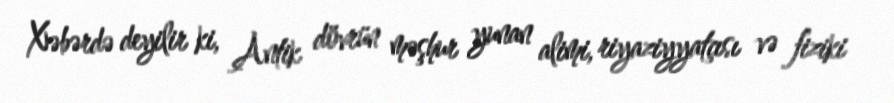
Xəbərdə deyilir ki, Antik dövrün məşhur yunan alimi, riyaziyyatçısı və fiziki